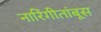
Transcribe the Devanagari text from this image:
नारिंगीतांबूस